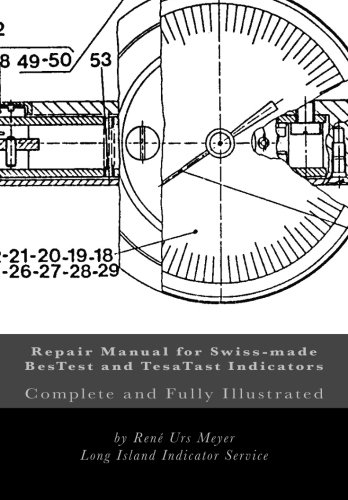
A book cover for Repair Manual for Swiss-made BesTest and TesaTast Indicators: Complete and fully illustrated; Rene Urs Meyer; Science & Math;